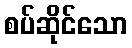
စပ်ဆိုင်သော